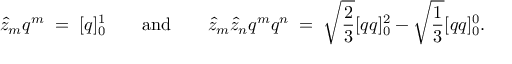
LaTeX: \hat { z } _ { m } q ^ { m } \; = \; [ q ] _ { 0 } ^ { 1 } \qquad \mathrm { a n d } \qquad \hat { z } _ { m } \hat { z } _ { n } q ^ { m } q ^ { n } \; = \; \sqrt { \frac { 2 } { 3 } } [ q q ] _ { 0 } ^ { 2 } - \sqrt { \frac { 1 } { 3 } } [ q q ] _ { 0 } ^ { 0 } .